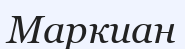
Маркиан